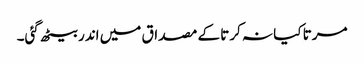
مرتا کیا نہ کرتا کے مصداق میں اندر بیٹھ گئی۔